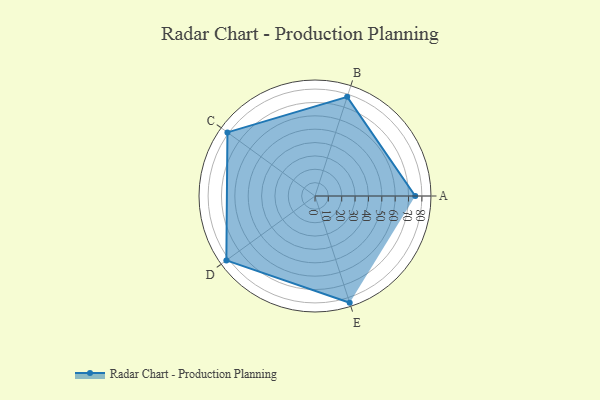
{"axis": {"x": "Skill", "y": "Score"}, "legend": ["Profile"], "data": [{"x": "A", "y": 75.0, "type": "Profile"}, {"x": "B", "y": 78.0, "type": "Profile"}, {"x": "C", "y": 81.0, "type": "Profile"}, {"x": "D", "y": 82.0, "type": "Profile"}, {"x": "E", "y": 84.0, "type": "Profile"}]}